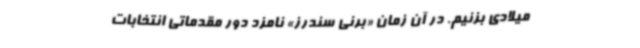
میلادی بزنیم. در آن زمان «برنی سندرز» نامزد دور مقدماتی انتخابات